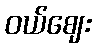
ဝယ်ဈေး